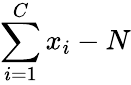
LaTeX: \sum_{i=1}^{C}x_{i}-N